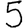
Digit: 5